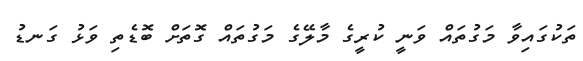
ތަކުގައިވާ މަގުތައް ވަނީ ކުރީގެ މާލޭގެ މަގުތައް ގޮތަށް ބޮޑެތި ވަޅު ގަނޑު